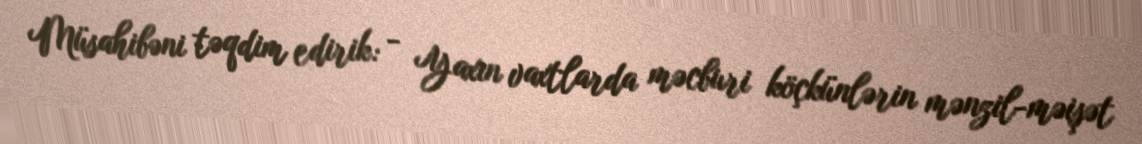
Müsahibəni təqdim edirik: - Yaxın vaxtlarda məcburi köçkünlərin mənzil-məişət